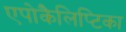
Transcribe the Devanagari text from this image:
एपोकैलिप्टिका